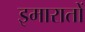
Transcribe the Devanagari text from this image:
इमारातों